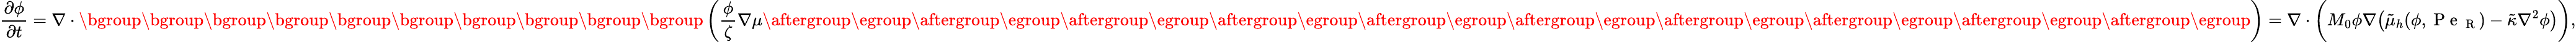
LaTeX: \frac{\partial{\phi}}{\partial{t}}=\nabla\cdot\mathopen{}\mathclose\bgroup\mathopen{}\mathclose\bgroup\mathopen{}\mathclose\bgroup\mathopen{}\mathclose\bgroup\mathopen{}\mathclose\bgroup\mathopen{}\mathclose\bgroup\mathopen{}\mathclose\bgroup\mathopen{}\mathclose\bgroup\mathopen{}\mathclose\bgroup\mathopen{}\mathclose\bgroup\left(\frac{\phi}{\zeta}\nabla\mu\aftergroup\egroup\aftergroup\egroup\aftergroup\egroup\aftergroup\egroup\aftergroup\egroup\aftergroup\egroup\aftergroup\egroup\aftergroup\egroup\aftergroup\egroup\aftergroup\egroup\right)=\nabla\cdot\bigg(M_{0}\phi\nabla\big(\tilde{\mu}_{h}(\phi,\mathrm{~P~e~}_{\mathrm{~R~}})-\tilde{\kappa}\nabla^{2}\phi\big)\bigg),